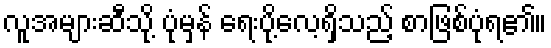
လူအများဆီသို့ ပုံမှန် ရေးပို့လေ့ရှိသည့် စာဖြစ်ပုံရ၏။